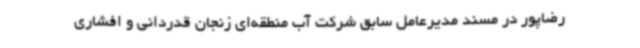
رضاپور در مسند مدیرعامل سابق شرکت آب منطقه‌ای زنجان قدردانی و افشاری